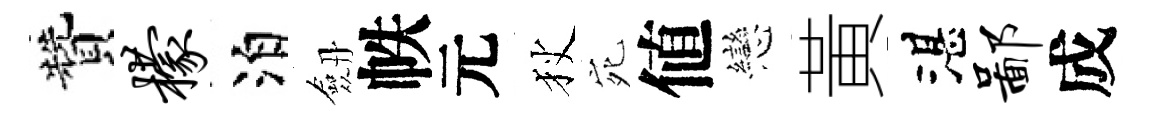
贊檬泊劔帙元狄宛値戀黃湛鄙成